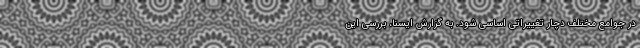
در جوامع مختلف دچار تغییراتی اساسی شود. به گزارش ایسنا، بررسی این